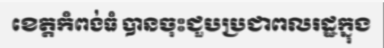
ខេត្តកំពង់ធំ បានចុះជួបប្រជាពលរដ្ឋក្នុង